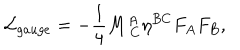
LaTeX: { \cal L } _ { g a u g e } = - { \frac { 1 } { 4 } } M _ { \ C } ^ { A } \eta ^ { B C } F _ { A } F _ { B } ,